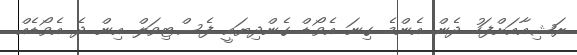
ރަޝިއާއަށްފަހު ދެން އެންމެ ގިނަ އެވޯޑް ގެންދިޔައީ ފެސްޓިވަލް އިން ދެ އެވޯޑެއް